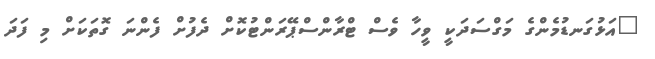
"އަޅުގަނޑުމެންގެ މަގްސަދަކީ ވީހާ ވެސް ޓްރާންސްޕޭރަންޓުކޮށް ދެފުށް ފެންނަ ގޮތަކަށް މި ފަދަ